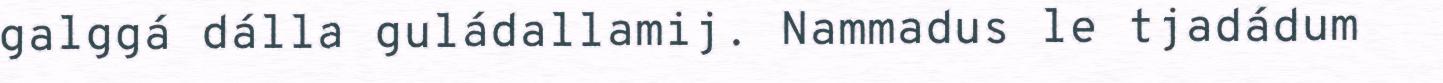
galggá dálla guládallamij. Nammadus le tjadádum